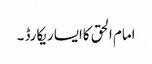
امام الحق کاایسا ریکارڈ ۔